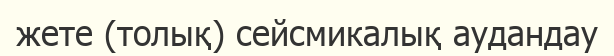
жете (толық) сейсмикалық аудандау